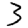
Digit: 3